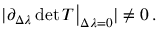
\begin{array} { r } { \vert \partial _ { \Delta \lambda } \operatorname* { d e t } T \big \rvert _ { \Delta \lambda = 0 } \vert \neq 0 \, . } \end{array}